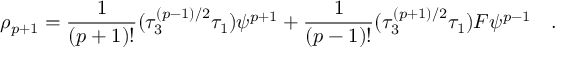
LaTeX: \rho _ { p + 1 } = { \frac { 1 } { ( p + 1 ) ! } } ( \tau _ { 3 } ^ { ( p - 1 ) / 2 } \tau _ { 1 } ) \psi ^ { p + 1 } + { \frac { 1 } { ( p - 1 ) ! } } ( \tau _ { 3 } ^ { ( p + 1 ) / 2 } \tau _ { 1 } ) { \cal { F } } \psi ^ { p - 1 } \quad .